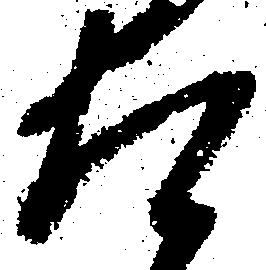
た